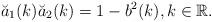
LaTeX: \begin{align*} \breve{a}_1(k)\breve{a}_2(k)=1-b^2(k), k\in\mathbb{R}. \end{align*}